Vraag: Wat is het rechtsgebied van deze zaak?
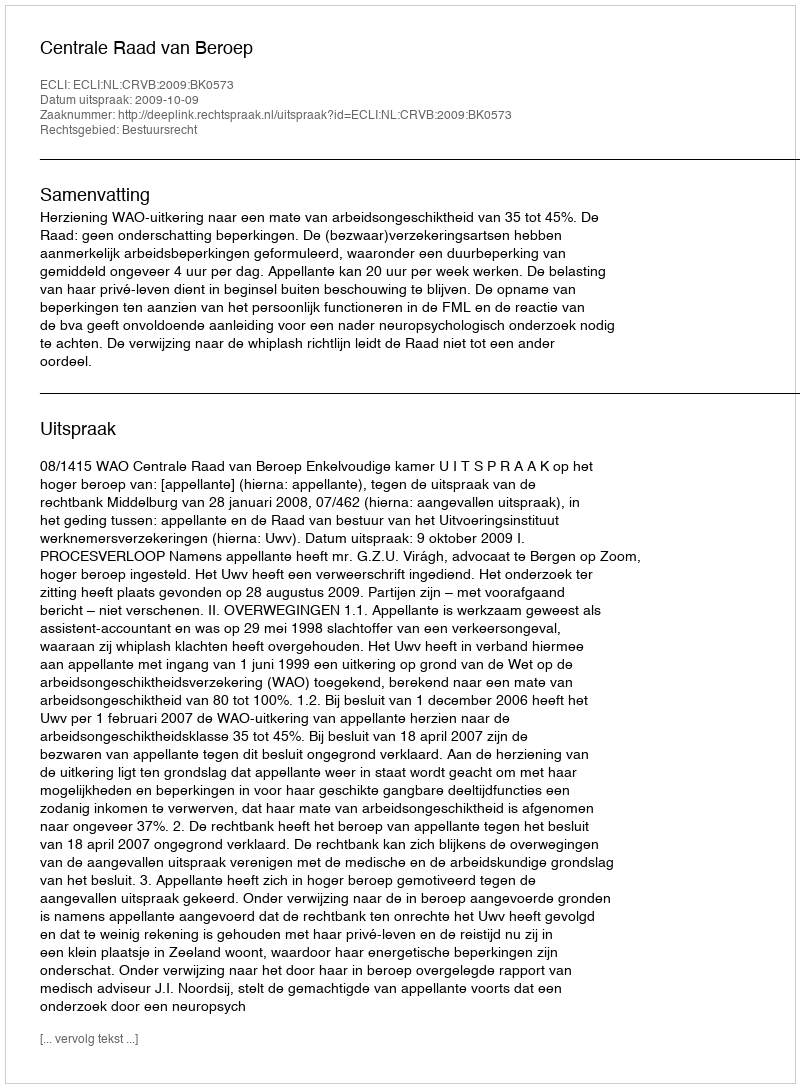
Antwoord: Bestuursrecht